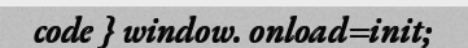
code } window. onload=init;